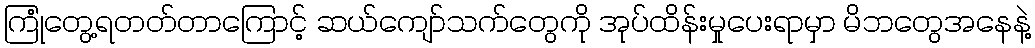
ကြုံတွေ့ရတတ်တာကြောင့် ဆယ်ကျော်သက်တွေကို အုပ်ထိန်းမှုပေးရာမှာ မိဘတွေအနေနဲ့